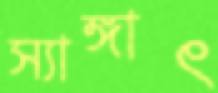
স্যাঙ্গাৎ